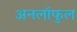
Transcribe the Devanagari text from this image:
अनलॉफुल